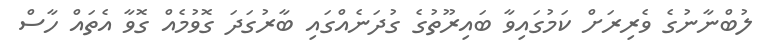
ލުބްނާނުގެ ވެރިރަށް ކަމުގައިވާ ބައިރޫތުގެ ގުދަނެއްގައި ބާރުގަދަ ގޮވުމެއް ގޮވާ އެތައް ހާސް